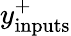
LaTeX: y_{\mathrm{inputs}}^{+}